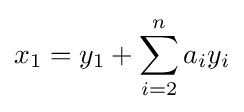
x_{1}=y_{1}+\sum _{i=2}^{n}a_{i}y_{i}